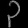
Digit: ၃